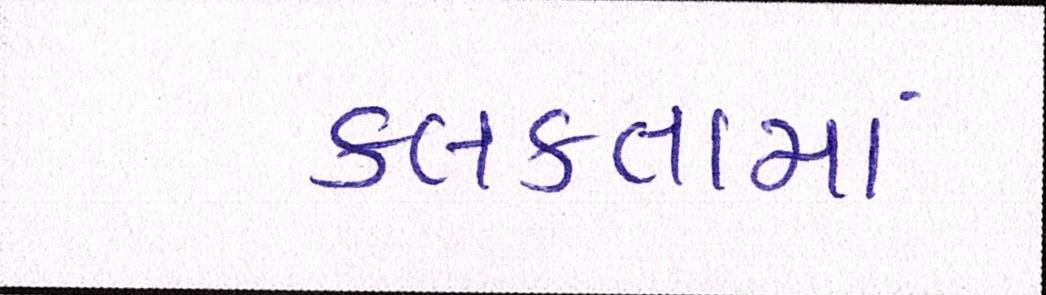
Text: કલકતામાં